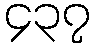
၄၃၇